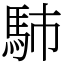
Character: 馷